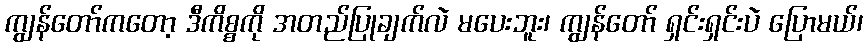
ကျွန်တော်ကတော့ ဒီကိစ္စကို အတည်ပြုချက်လဲ မပေးဘူး၊ ကျွန်တော် ရှင်းရှင်းပဲ ပြောမယ်၊